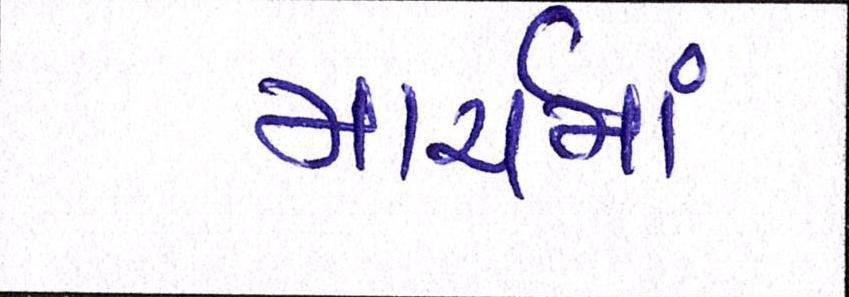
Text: માર્ચમાં